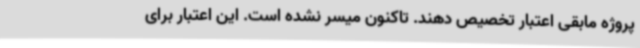
پروژه مابقی اعتبار تخصیص دهند. تاکنون میسر نشده است. این اعتبار برای